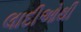
લાદીઓથી